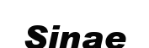
Sinae